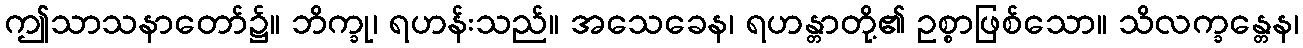
ဤသာသနာတော်၌။ ဘိက္ခု၊ ရဟန်းသည်။ အသေခေန၊ ရဟန္တာတို့၏ ဥစ္စာဖြစ်သော။ သိလက္ခန္တေန၊